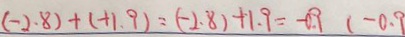
( - 2 . 8 ) + ( + 1 . 9 ) = ( - 2 . 8 ) + 1 . 9 = - 0 . 9 ( - 0 . 9